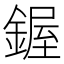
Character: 𫒷